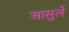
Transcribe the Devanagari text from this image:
आसुर्ले